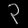
Digit: ၃